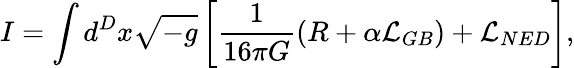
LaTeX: I=\int d^{D}x\sqrt{-g}\left[\frac{1}{16\pi G}\left(R+\alpha{\cal L}_{GB}\right)+{\cal L}_{NED}\right],